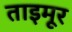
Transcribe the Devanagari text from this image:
ताइमूर